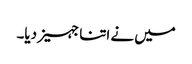
میں نے اتنا جہیز دیا۔